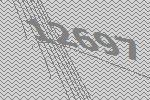
12697